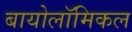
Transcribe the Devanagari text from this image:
बायोलॉमिकल